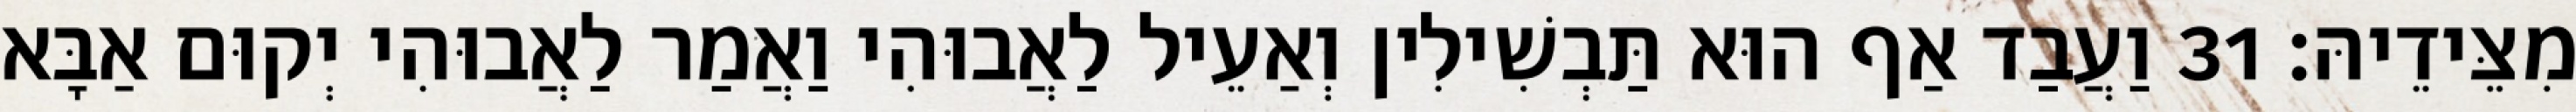
מִצֵּידֵיהּ׃ 31 וַעֲבַד אַף הוּא תַּבְשִׁילִין וְאַעֵיל לַאֲבוּהִי וַאֲמַר לַאֲבוּהִי יְקוּם אַבָּא